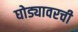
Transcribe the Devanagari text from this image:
घोड्यावरची